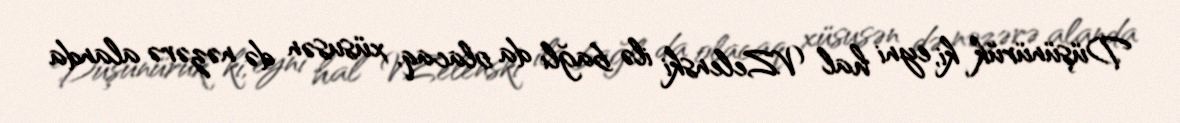
Düşünürük ki, eyni hal V.Zelenski ilə bağlı da olacaq, xüsusən də nəzərə alanda